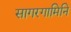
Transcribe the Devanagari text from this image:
सागरगामिनि